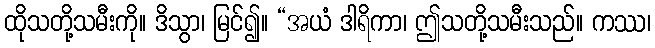
ထိုသတို့သမီးကို။ ဒိသွာ၊ မြင်၍။ “အယံ ဒါရိကာ၊ ဤသတို့သမီးသည်။ ကဿ၊